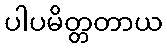
ပါပမိတ္တတာယ